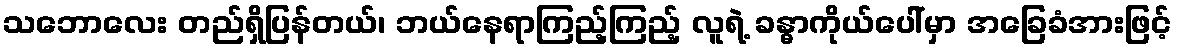
သဘောလေး တည်ရှိပြန်တယ်၊ ဘယ်နေရာကြည့်ကြည့် လူရဲ့ ခန္ဓာကိုယ်ပေါ်မှာ အခြေခံအားဖြင့်